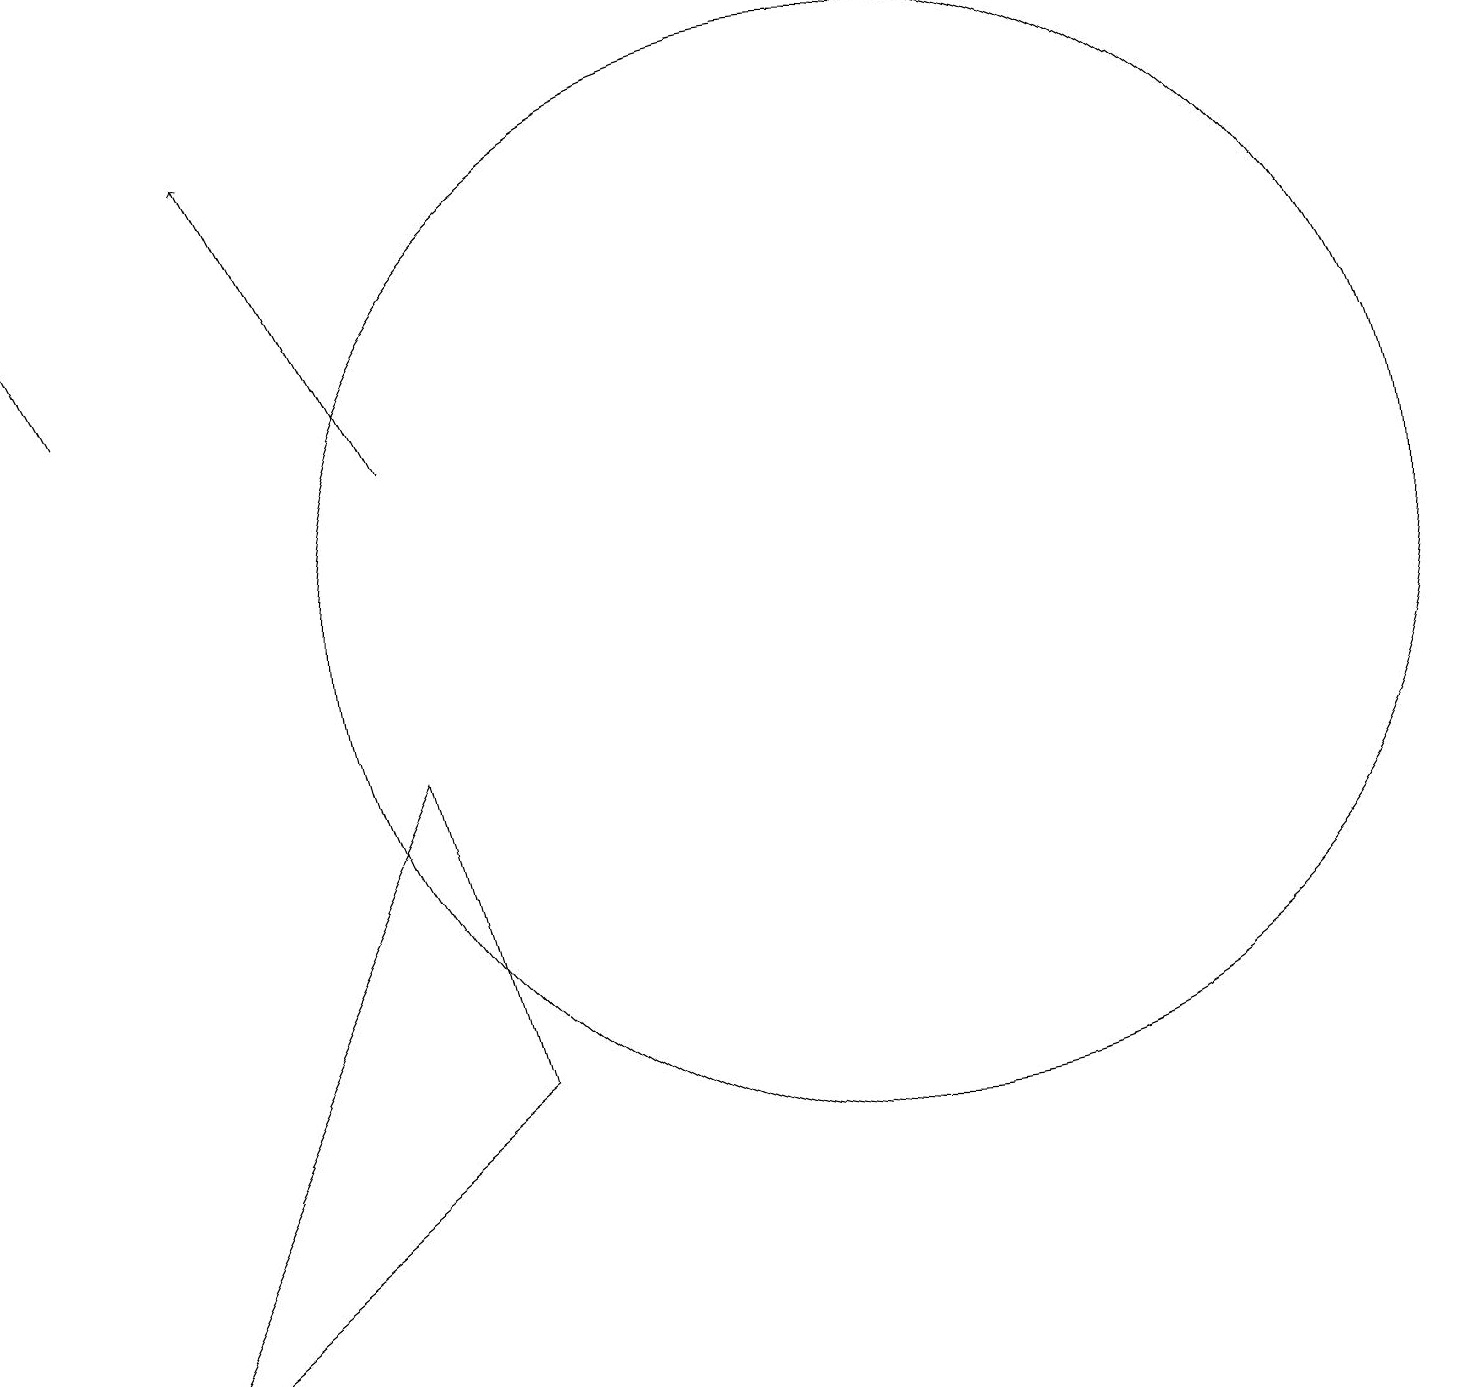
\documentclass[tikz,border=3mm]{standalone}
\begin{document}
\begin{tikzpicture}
\draw[->] (1,14) -- (0,16);
\draw (5,9) -- (1,1) -- (6,5) -- cycle;
\draw (11,11) circle (7);
\draw[->] (5,13) -- (3,17);
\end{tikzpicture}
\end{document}